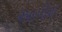
આપીશ